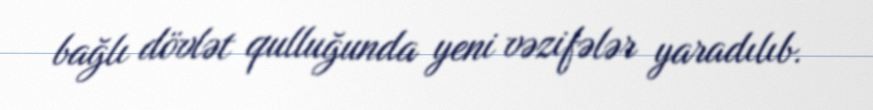
bağlı dövlət qulluğunda yeni vəzifələr yaradılıb.